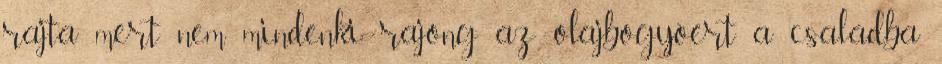
rajta mert nem mindenki rajong az olajbogyóért a családba